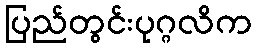
ပြည်တွင်းပုဂ္ဂလိက